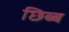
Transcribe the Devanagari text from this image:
छिब्ब